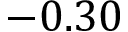
- 0 . 3 0